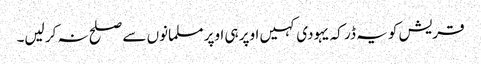
قریش کو یہ ڈر کہ یہودی کہیں اوپر ہی اوپر مسلمانوں سے صلح نہ کر لیں۔